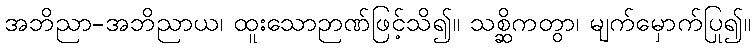
အဘိညာ-အဘိညာယ၊ ထူးသောဉာဏ်ဖြင့်သိ၍။ သစ္ဆိကတွာ၊ မျက်မှောက်ပြု၍။